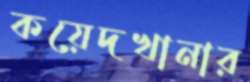
কয়েদখানার